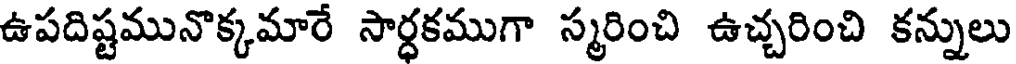
ఉపదిష్టమునొక్కమారే సార్ధకముగా స్మరించి ఉచ్చరించి కన్నులు